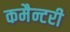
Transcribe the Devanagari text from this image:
कमैन्टरी